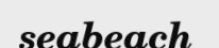
seabeach